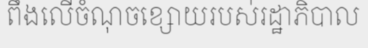
ពឹងលើចំណុចខ្សោយរបស់រដ្ឋាភិបាល